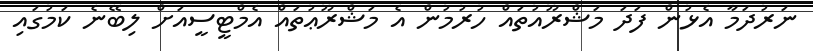
ނަރުދަމާ އެޅުން ފަދަ މަޝްރޫއުތައް ހުރުމުން އެ މަޝްރޫޢުތައް އެމްޓީސީއަށް ލިބޭނެ ކަމުގައި